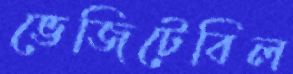
ভেজিটেবিল